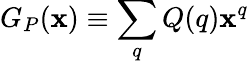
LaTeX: G_{P}(\mathbf{x})\equiv\sum_{q}Q(q)\mathbf{x}^{q}